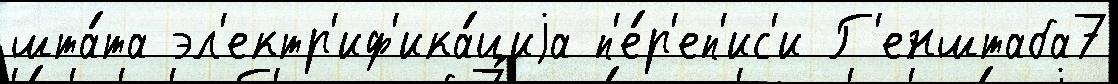
шта́та эл'ектр'иф'ика́циjа п'е́р'еп'ис'и Г'енштаба7